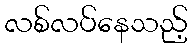
လစ်လပ်နေသည့်